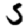
Digit: 5